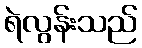
ရဲလွန်းသည်